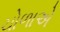
ચોળાએ